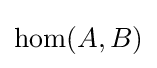
{\text{hom}}(A,B)